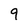
Character: 9